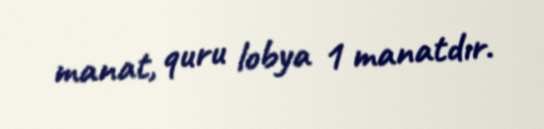
manat, quru lobya 1 manatdır.